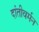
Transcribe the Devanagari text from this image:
दांतीवर्मन